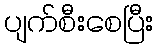
ပျက်စီးစေပြီး